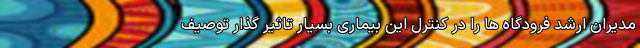
مدیران ارشد فرودگاه ها را در کنترل این بیماری بسیار تاثیر گذار توصیف